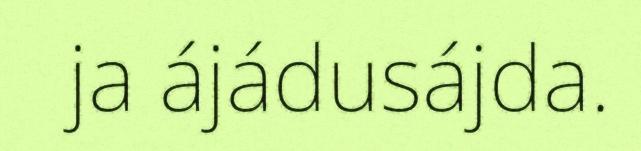
ja ájádusájda.